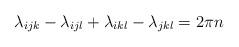
LaTeX: \begin{align*}\lambda_{ijk} - \lambda_{ijl} + \lambda_{ikl} - \lambda_{jkl} = 2\pi n\end{align*}